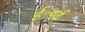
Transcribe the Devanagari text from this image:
ई॰पूर्व